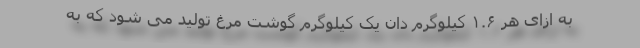
به ازای هر ۱.۶ کیلوگرم دان یک کیلوگرم گوشت مرغ تولید می شود که به